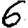
Digit: 6